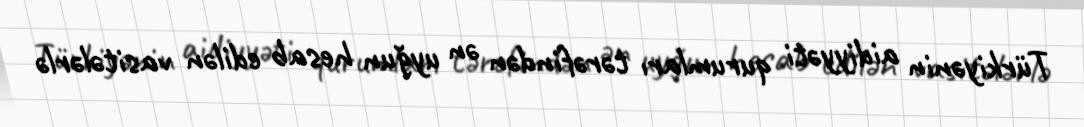
Türkiyənin aidiyyəti qurumları tərəfindən ən uyğun hesab edilən vasitələrlə